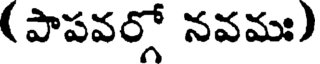
(పాపవర్గో నవమః)